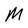
Character: M